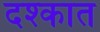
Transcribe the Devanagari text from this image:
दश्कात